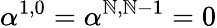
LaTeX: \alpha^{1,0}=\alpha^{\mathbb{N},\mathbb{N}-1}=0